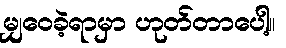
မျှဝေခဲ့ရာမှာ ဟုတ်တာပေါ့။